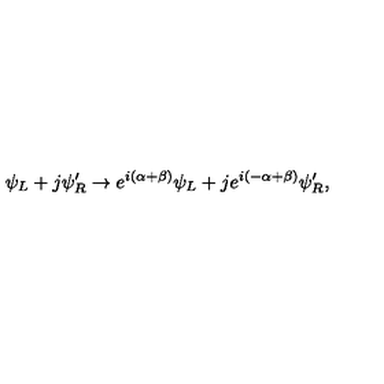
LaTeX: \psi _ { L } + j \psi _ { R } ^ { \prime } \to e ^ { i ( \alpha + \beta ) } \psi _ { L } + j e ^ { i ( - \alpha + \beta ) } \psi _ { R } ^ { \prime } ,